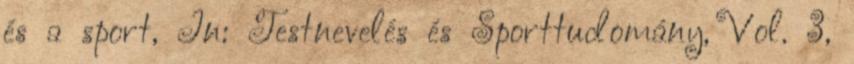
és a sport, In: Testnevelés és Sporttudomány, Vol. 3,